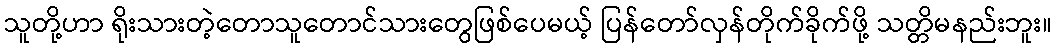
သူတို့ဟာ ရိုးသားတဲ့တောသူတောင်သားတွေဖြစ်ပေမယ့် ပြန်တော်လှန်တိုက်ခိုက်ဖို့ သတ္တိမနည်းဘူး။